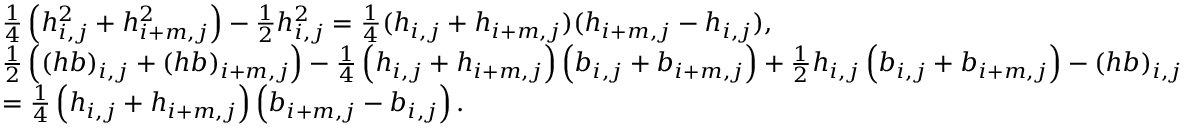
\begin{array} { r l } & { \frac { 1 } { 4 } \left( { h } _ { i , j } ^ { 2 } + { h } _ { i + m , j } ^ { 2 } \right) - \frac { 1 } { 2 } h _ { i , j } ^ { 2 } = \frac { 1 } { 4 } ( h _ { i , j } + h _ { i + m , j } ) ( h _ { i + m , j } - h _ { i , j } ) , } \\ & { \frac { 1 } { 2 } \left( ( h b ) _ { i , j } + ( h b ) _ { i + m , j } \right) - \frac { 1 } { 4 } \left( { h } _ { i , j } + { h } _ { i + m , j } \right) \left( { b } _ { i , j } + { b } _ { i + m , j } \right) + \frac { 1 } { 2 } h _ { i , j } \left( { b } _ { i , j } + { b } _ { i + m , j } \right) - ( h b ) _ { i , j } } \\ & { = \frac { 1 } { 4 } \left( h _ { i , j } + h _ { i + m , j } \right) \left( b _ { i + m , j } - b _ { i , j } \right) . } \end{array}